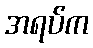
အရပ်က